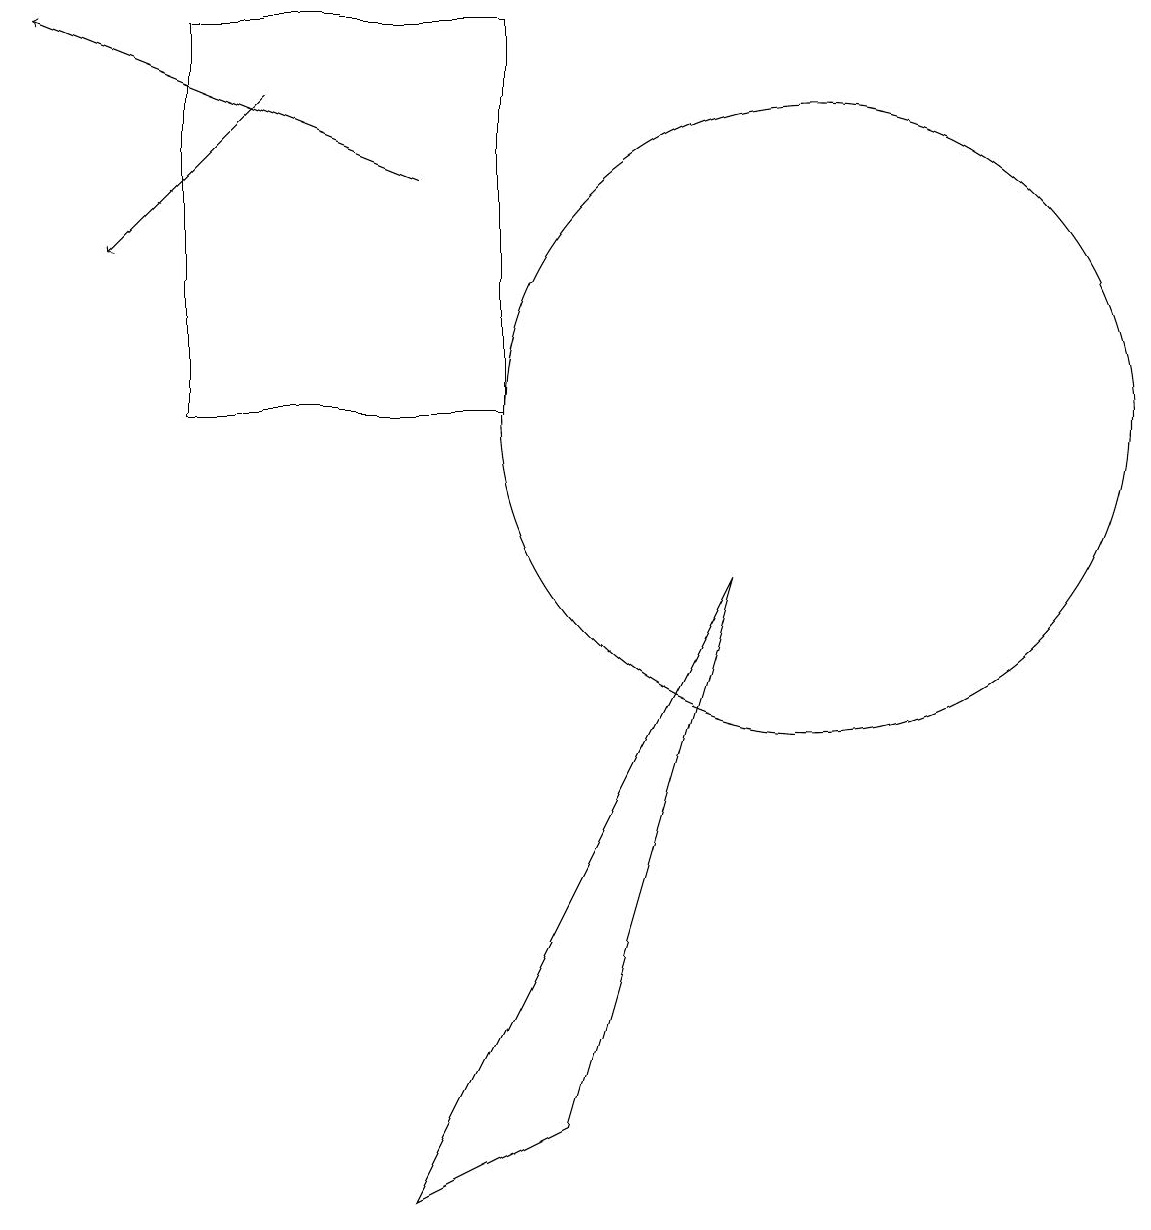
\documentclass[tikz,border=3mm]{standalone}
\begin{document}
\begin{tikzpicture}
\draw[->] (5,14) -- (0,16);
\draw[->] (3,15) -- (1,13);
\draw (2,11) rectangle (6,16);
\draw (10,11) circle (4);
\draw (9,9) -- (5,1) -- (7,2) -- cycle;
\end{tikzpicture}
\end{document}